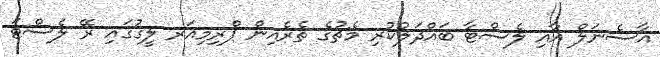
އާސެނަލް އާއި ލެސްޓާ ބައްދަލުކުރި މެޗުގެ ތެރެއިން ޕްރިމިއަރ ލީގުގައި ރޭ ލެސްޓަ